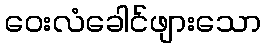
ဝေးလံခေါင်ဖျားသော